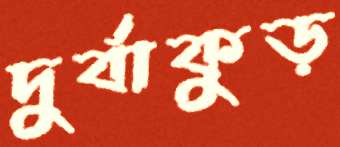
দুর্বাকুড়